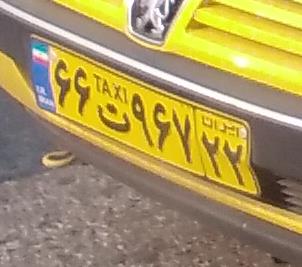
۶۶ت۹۶۷۲۲